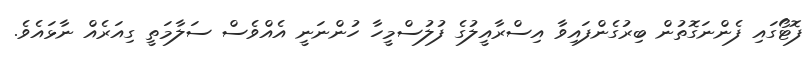
ފޮޓޯގައި ފެންނަގޮތުން ބިރުގެންފައިވާ އިސްރާއީލުގެ ފުލުސްމީހާ ހުންނަނީ އެއްވެސް ސަލާމަތީ ގިއަރެއް ނާޅައެވެ.